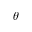
\theta